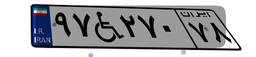
۹۷W۲۷۰۷۸